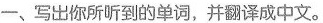
-、写出你所听到的单词，并翻译成中文。